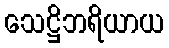
သေဋ္ဌိဘရိယာယ